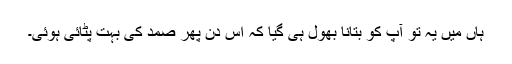
ہاں میں یہ تو آپ کو بتانا بھول ہی گیا کہ اس دن پھر صمد کی بہت پٹائی ہوئی۔